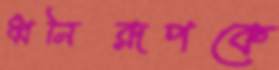
ধ্বনিরূপকে